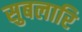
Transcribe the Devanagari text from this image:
सुबलारि